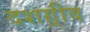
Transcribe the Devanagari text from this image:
दशग़्रीव